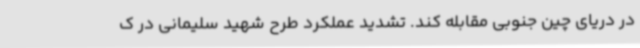
در دریای چین جنوبی مقابله کند. تشدید عملکرد طرح شهید سلیمانی در ک